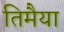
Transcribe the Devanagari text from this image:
तिमैया